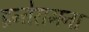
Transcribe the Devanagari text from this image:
इन्तेरामना